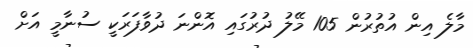
މާލެ އިން އުތުރުން 105 މޭލު ދުރުގައި އޮންނަ ދުވާފަރަކީ ސުނާމީ އަށް